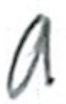
Text: a
Cross-out: clean
Writing tool: ballpoint